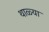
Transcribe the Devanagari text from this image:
थाळ्या